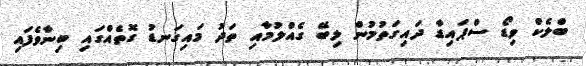
ބްލެކް ވިޑޯ ސްޕައިޑާ ދައިގަތުމުން ލިބޭ ގެއްލުމާއި ތަދު މައިގަނޑު ގޮތެއްގައި ބިނާވެފައި